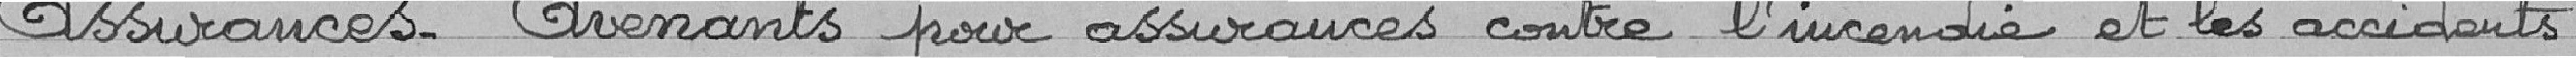
Assurances - Avenants pour assurances contre l'incendie et les accidents